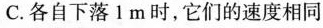
C.各自下落1m时，它们的速度相同